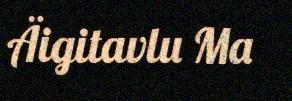
Äigitavlu Ma